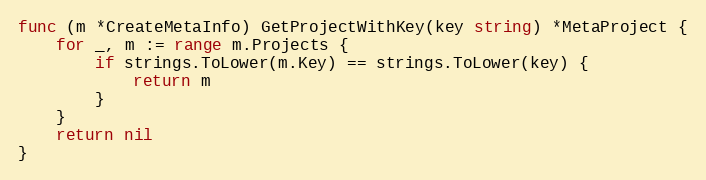
Language: Go
func (m *CreateMetaInfo) GetProjectWithKey(key string) *MetaProject {
	for _, m := range m.Projects {
		if strings.ToLower(m.Key) == strings.ToLower(key) {
			return m
		}
	}
	return nil
}